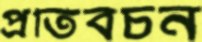
প্রতিবচন